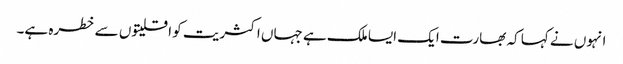
انہوں نے کہا کہ بھارت ایک ایسا ملک ہے جہاں اکثریت کو اقلیتوں سے خطرہ ہے۔